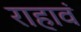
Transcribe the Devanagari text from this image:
राहावं